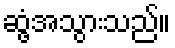
ဆွံ့အသွားသည်။